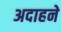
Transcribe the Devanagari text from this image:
अदाहने